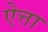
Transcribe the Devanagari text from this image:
ऐत्ता